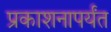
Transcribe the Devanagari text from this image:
प्रकाशनापर्यंत